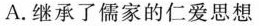
A.继承了儒家的仁爱思想